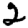
Digit: 2